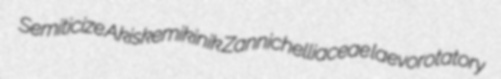
Semiticize Akiskemikinik Zannichelliaceae laevorotatory